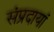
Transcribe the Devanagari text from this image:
संप्रदायां